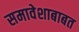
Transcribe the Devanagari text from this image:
समावेशाबाबत